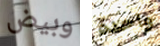
وبيض واحدة